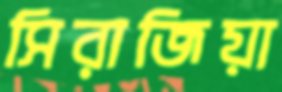
সিরাজিয়া